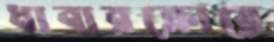
ধাবারক্রোয়ে